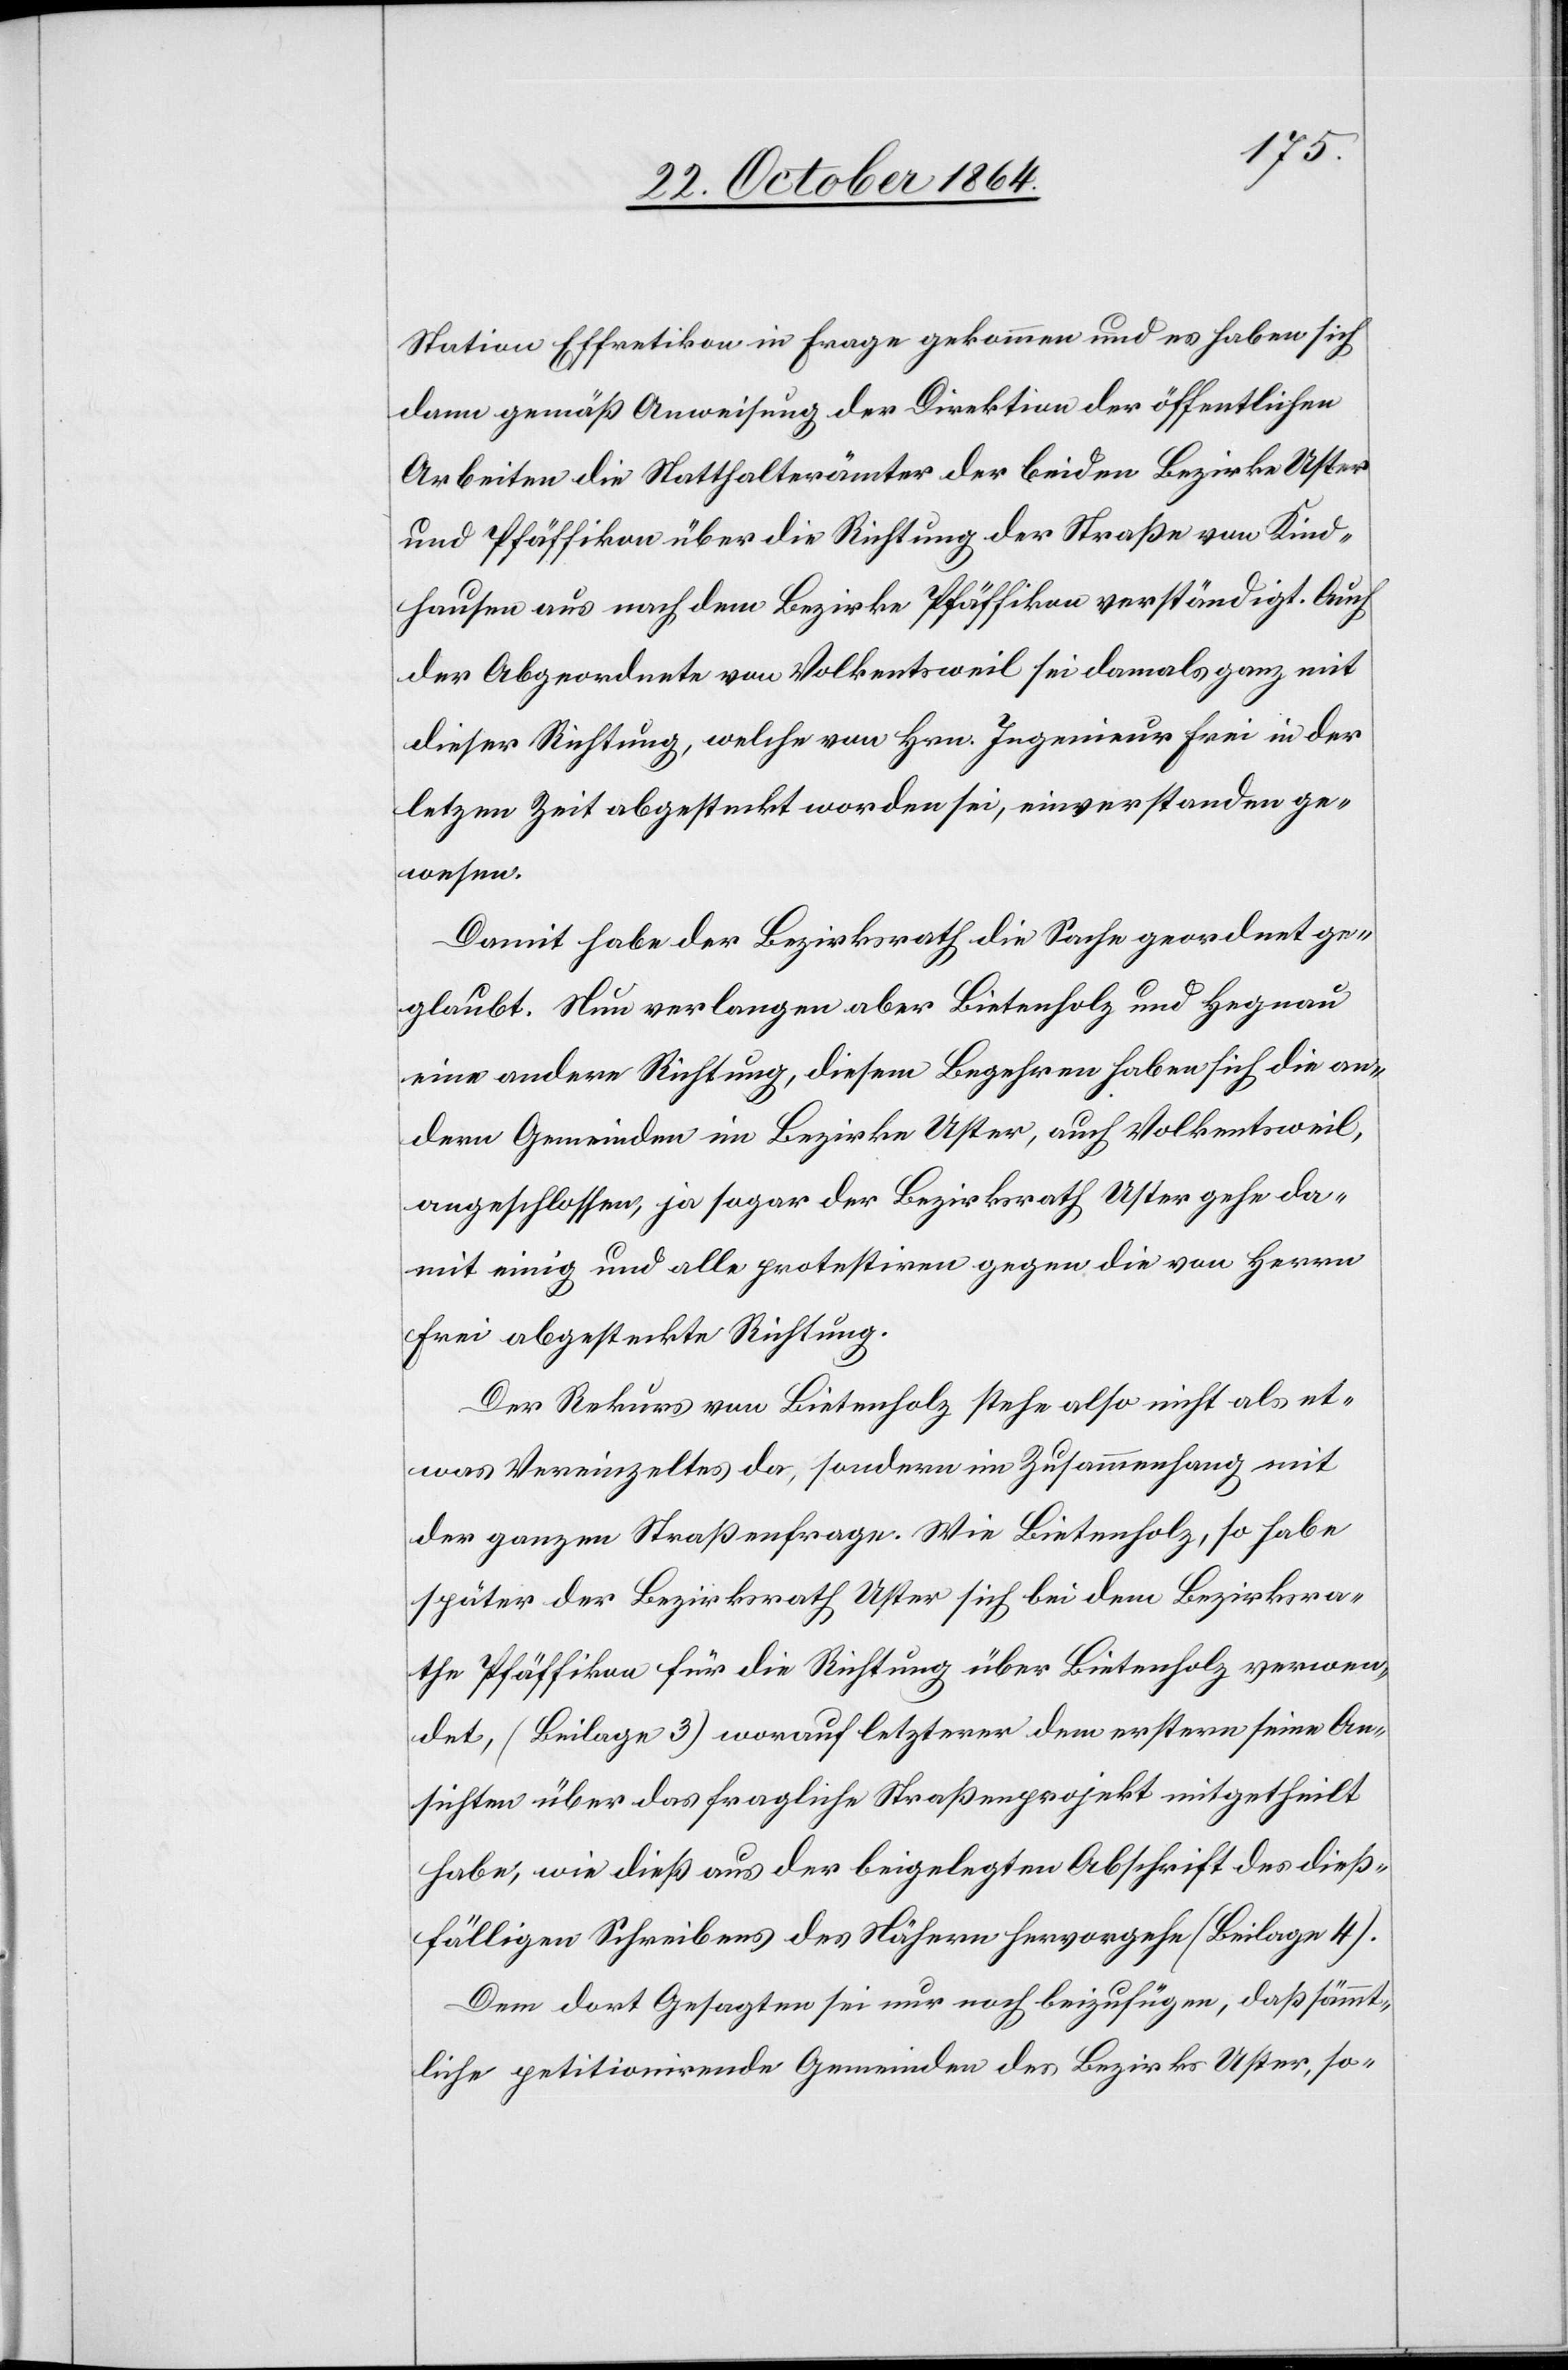
Station Effretikon in Frage gekommen und es haben sich
dann gemäß Anweisung der Direktion der öffentlichen
Arbeiten die Statthalterämter der beiden Bezirke Uster
und Pfäffikon über die Richtung der Straße von Kind¬
hausen aus nach dem Bezirke Pfäffikon verständigt. Auch
der Abgeordnete von Volkentsweil sei damals ganz mit
dieser Richtung, welche von Hrn. Ingenieur Frei in der
letzten Zeit abgesteckt worden sei, einverstanden ge¬
wesen.
Damit habe der Bezirksrath die Sache geordnet ge¬
glaubt. Nun verlangen aber Bietenholz und Hegnau
eine andere Richtung, diesem Begehren haben sich die an¬
dern Gemeinden im Bezirke Uster, auch Volkentsweil,
angeschlossen, ja sogar der Bezirksrath Uster gehe da¬
mit einig und alle protestiren gegen die von Herrn
Frei abgesteckte Richtung.
Der Rekurs von Bietenholz stehe also nicht als et¬
was Vereinzeltes da, sondern im Zusammenhang mit
der ganzen Straßenfrage. Wie Bietenholz, so habe
später der Bezirksrath Uster sich bei dem Bezirksra¬
the Pfäffikon für die Richtung über Bietenholz verwen¬
det (Beilage 3) worauf letzterer dem erstern seine An¬
sichten über das fragliche Straßenprojekt mitgetheilt
habe, wie dieß aus der beigelegten Abschrift des dieß¬
fälligen Schreibens des Nähern hervorgehe (Beilage 4).
Dem dort Gesagten sei nur noch beizufügen, daß sämmt¬
liche petitionirende Gemeinden des Bezirks Uster, so-